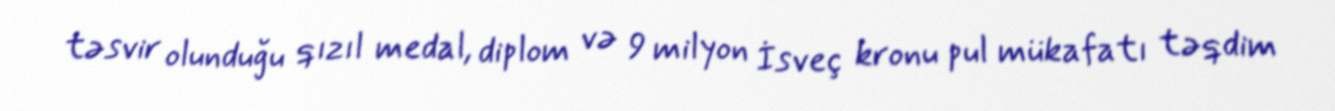
təsvir olunduğu qızıl medal, diplom və 9 milyon İsveç kronu pul mükafatı təqdim